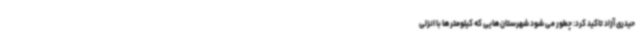
حیدری آزاد تاکید کرد: چطور می شود شهرستان‌هایی که کیلومترها با انزلی